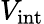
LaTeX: V_{\mathrm{int}}